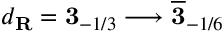
d _ { \bf R } = { \bf 3 } _ { - 1 / 3 } \longrightarrow \overline { { { \bf 3 } } } _ { - 1 / 6 }